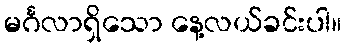
မင်္ဂလာရှိသော နေ့လယ်ခင်းပါ။